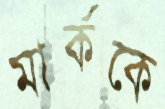
মার্ককে